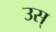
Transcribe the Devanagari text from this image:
उस्